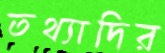
তথ্যাদির